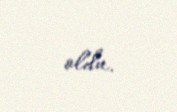
oldu.